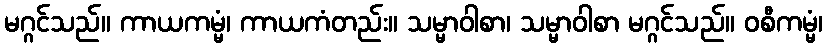
မဂ္ဂင်သည်။ ကာယကမ္မံ၊ ကာယကံတည်း။ သမ္မာဝါစာ၊ သမ္မာဝါစာ မဂ္ဂင်သည်။ ဝစီကမ္မံ၊